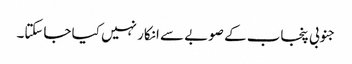
جنوبی پنجاب کے صوبے سے انکار نہیں کیا جاسکتا۔